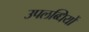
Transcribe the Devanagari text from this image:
उपलब्‍धियों